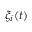
\xi _ { i } ( t )